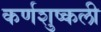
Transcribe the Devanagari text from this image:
कर्णशुष्कली